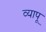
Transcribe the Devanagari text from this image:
व्यापू